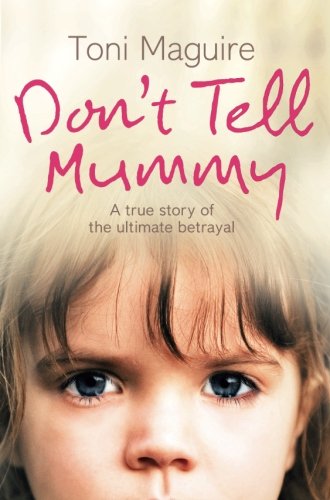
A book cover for Don't Tell Mummy: A True Story of the Ultimate Betrayal; Toni Maguire; Politics & Social Sciences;